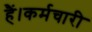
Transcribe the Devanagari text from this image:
हैं।कर्मचारी